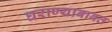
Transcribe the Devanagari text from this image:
घराण्याबाबत